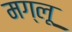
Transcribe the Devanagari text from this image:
मग्लू